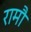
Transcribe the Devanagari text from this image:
रामौ